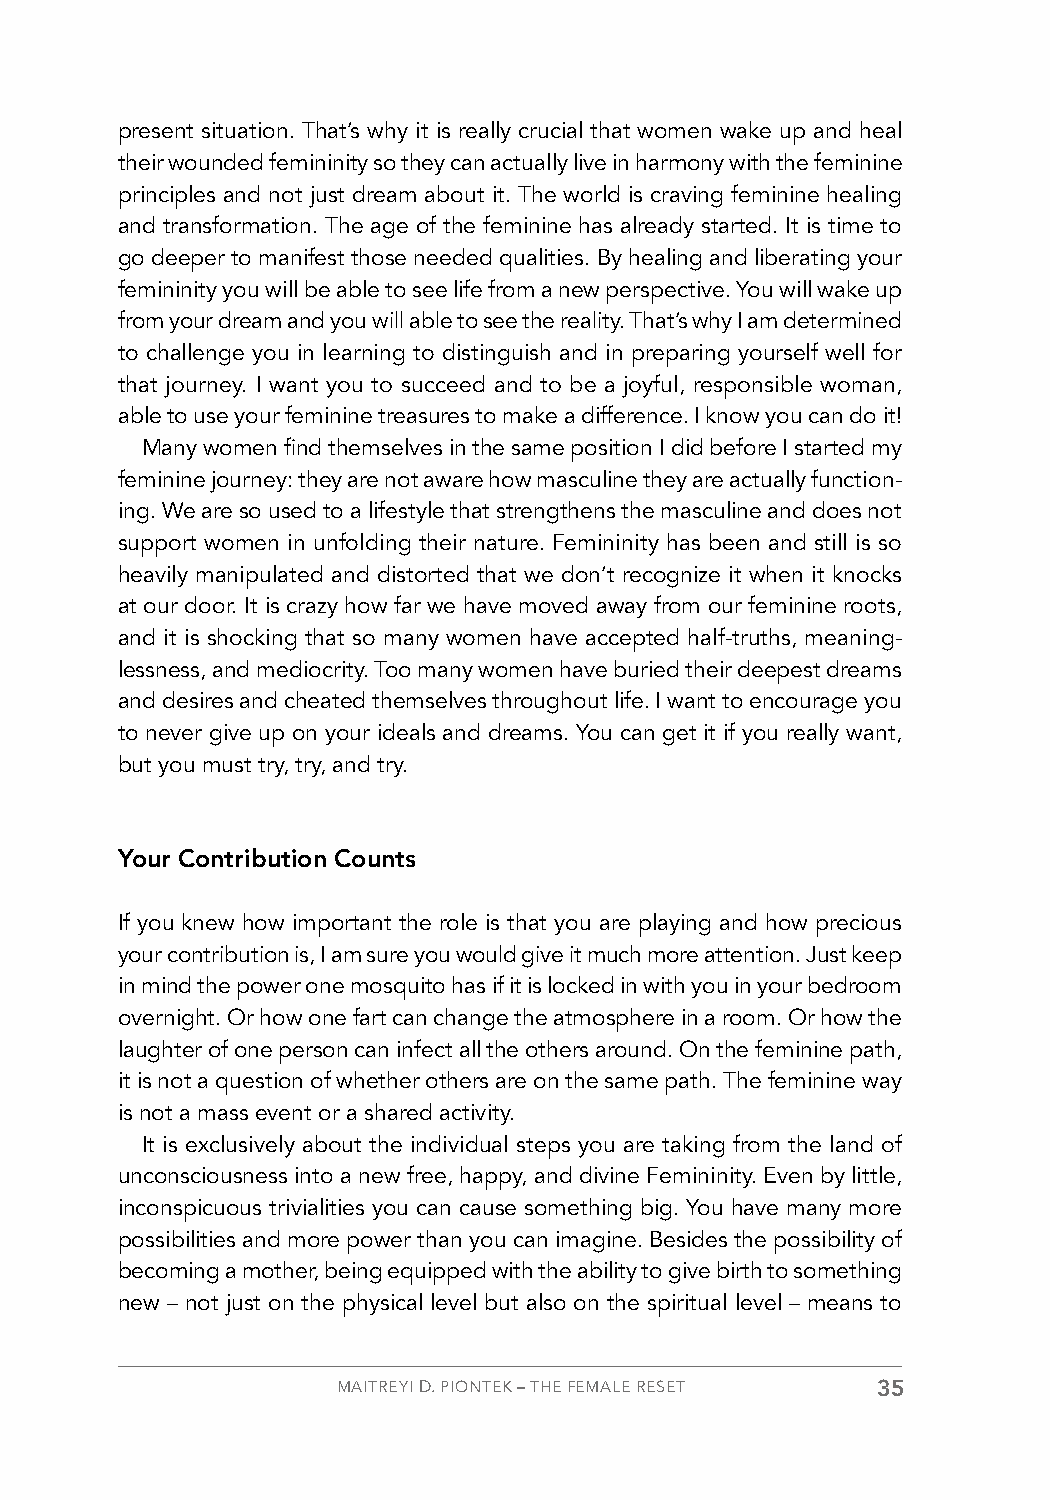
present situation. That’s why it is really crucial that women wake up and heal
 their wounded femininity so they can actually live in harmony with the feminine
 principles and not just dream about it. The world is craving feminine healing
 and transformation. The age of the feminine has already started. It is time to
 go deeper to manifest those needed qualities. By healing and liberating your
 femininity you will be able to see life from a new perspective. You will wake up
 from your dream and you will able to see the reality. That’s why I am determined
 to challenge you in learning to distinguish and in preparing yourself well for
 that journey. I want you to succeed and to be a joyful, responsible woman,
 able to use your feminine treasures to make a difference. I know you can do it!
 Many women find themselves in the same position I did before I started my
 feminine journey: they are not aware how masculine they are actually function-
 ing. We are so used to a lifestyle that strengthens the masculine and does not
 support women in unfolding their nature. Femininity has been and still is so
 heavily manipulated and distorted that we don’t recognize it when it knocks
 at our door. It is crazy how far we have moved away from our feminine roots,
 and it is shocking that so many women have accepted half-truths, meaning-
 lessness, and mediocrity. Too many women have buried their deepest dreams
 and desires and cheated themselves throughout life. I want to encourage you
 to never give up on your ideals and dreams. You can get it if you really want,
 but you must try, try, and try.
 Your Contribution Counts
 If you knew how important the role is that you are playing and how precious
 your contribution is, I am sure you would give it much more attention. Just keep
 in mind the power one mosquito has if it is locked in with you in your bedroom
 overnight. Or how one fart can change the atmosphere in a room. Or how the
 laughter of one person can infect all the others around. On the feminine path,
 it is not a question of whether others are on the same path. The feminine way
 is not a mass event or a shared activity.
 It is exclusively about the individual steps you are taking from the land of
 unconsciousness into a new free, happy, and divine Femininity. Even by little,
 inconspicuous trivialities you can cause something big. You have many more
 possibilities and more power than you can imagine. Besides the possibility of
 becoming a mother, being equipped with the ability to give birth to something
 new – not just on the physical level but also on the spiritual level – means to
 MAITREYI D. PIONTEK – THE FEMALE RESET 35